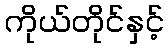
ကိုယ်တိုင်နှင့်